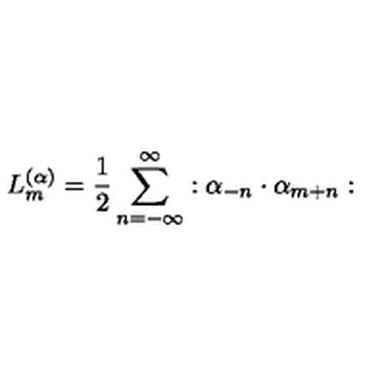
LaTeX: L _ { m } ^ { ( \alpha ) } = \frac { 1 } { 2 } \sum _ { n = - \infty } ^ { \infty } : \alpha _ { - n } \cdot \alpha _ { m + n } :